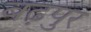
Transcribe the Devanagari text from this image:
बढ़पुर